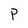
Character: P